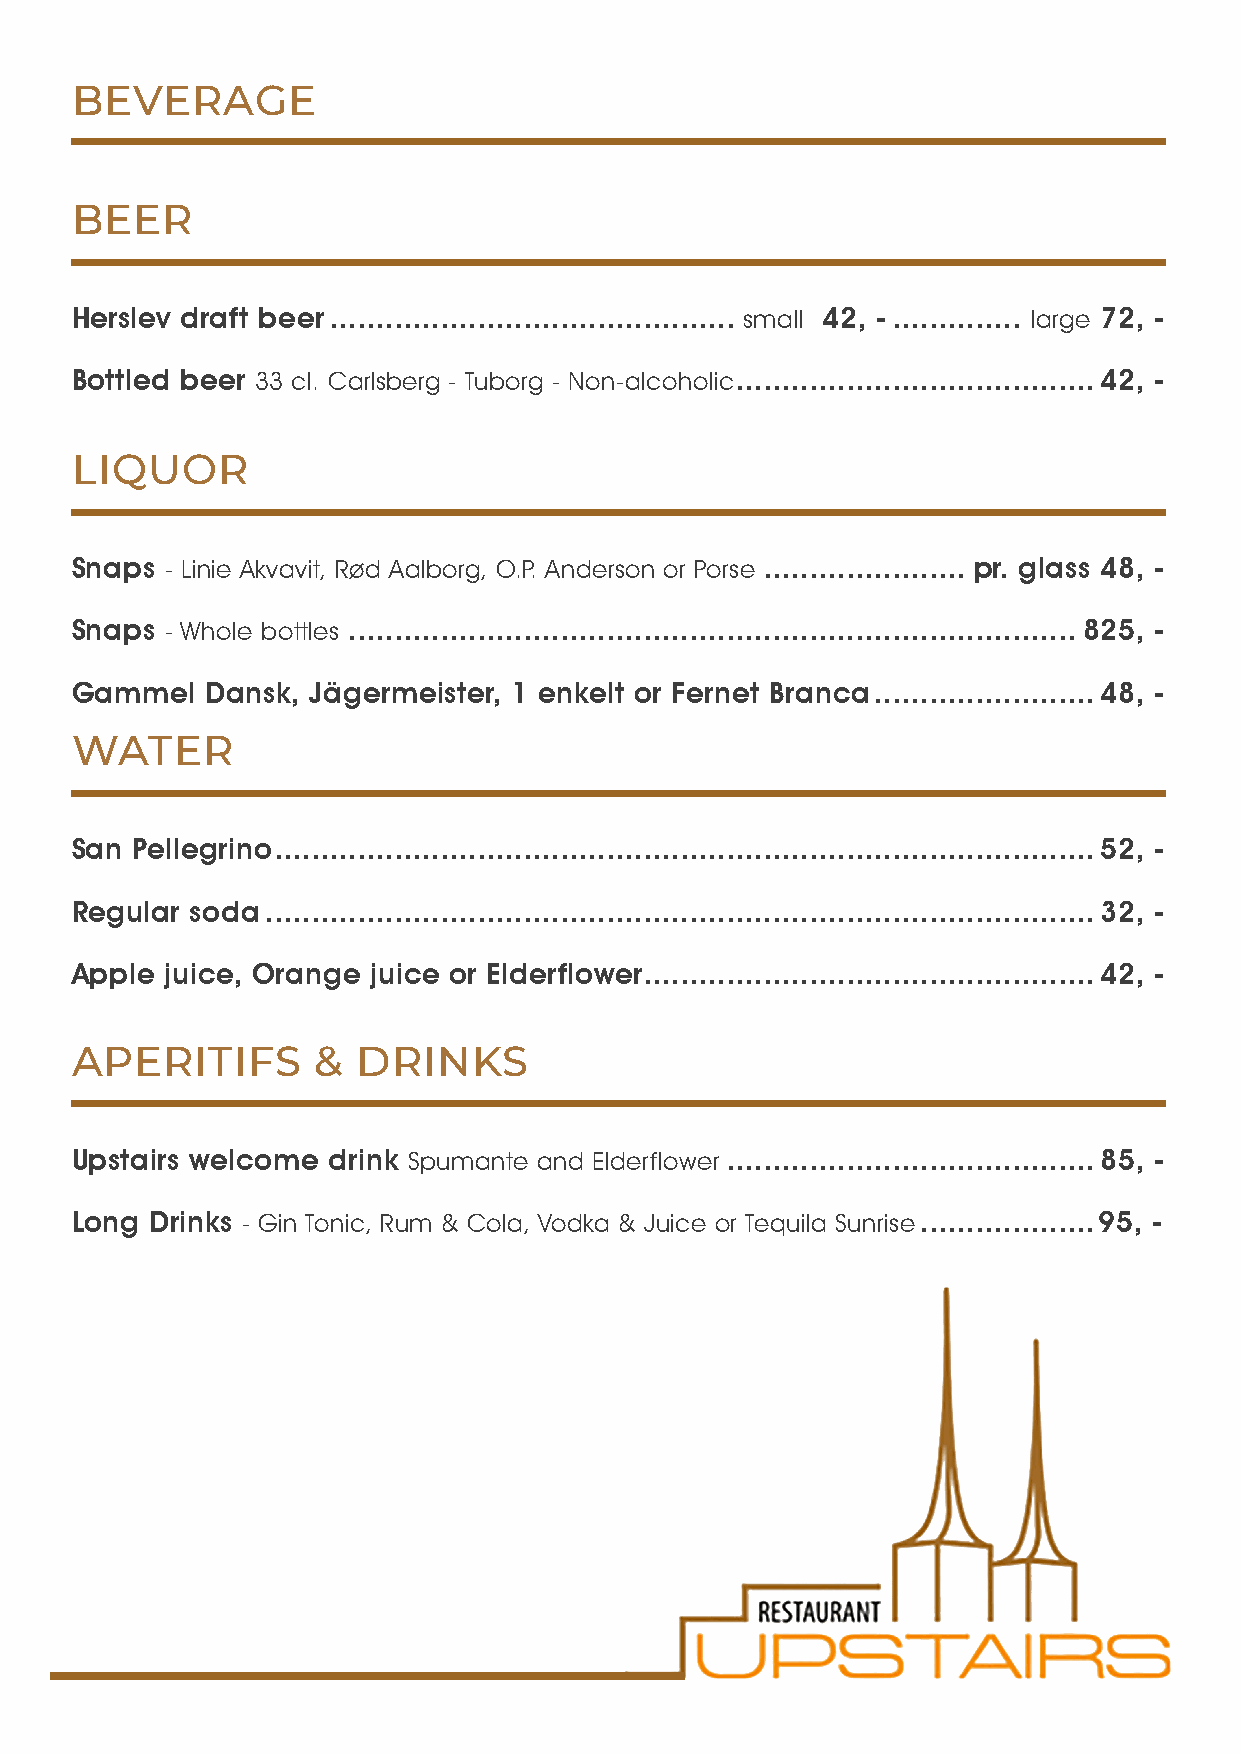
BEVERAGE
 BEER
 Herslev draft beer ............................................ small 42, - .............. large 72, -
 Bottled beer 33 cl. Carlsberg - Tuborg - Non-alcoholic ....................................... 42, -
 LIQUOR
 Snaps - Linie Akvavit, Rød Aalborg, O.P. Anderson or Porse ...................... pr. glass 48, -
 Snaps - Whole bottles ............................................................................... 825, -
 Gammel   Dansk, Jägermeister, 1 enkelt or Fernet Branca ........................ 48, -
 WATER
 San Pellegrino ......................................................................................... 52, -
 Regular soda .......................................................................................... 32, -
 Apple juice, Orange juice or Elderflower. ................................................ 42, -
 APERITIFS       &  DRINKS
 Upstairs welcome drink Spumante and Elderflower ........................................ 85, -
 Long Drinks - Gin Tonic, Rum & Cola, Vodka & Juice or Tequila Sunrise ...................95, -